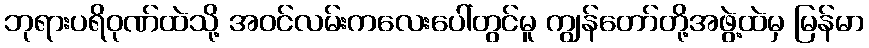
ဘုရားပရိဝုဏ်ထဲသို့ အဝင်လမ်းကလေးပေါ်တွင်မူ ကျွန်တော်တို့အဖွဲ့ထဲမှ မြန်မာ